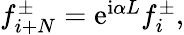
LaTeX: \begin{array}{r}{f_{i+N}^{\pm}=\mathrm{e}^{\mathrm{i}\alpha L}f_{i}^{\pm},}\end{array}